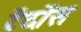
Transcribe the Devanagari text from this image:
टेंदोंस